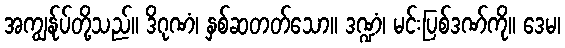
အကျွန်ုပ်တို့သည်။ ဒိဂုဏံ၊ နှစ်ဆတတ်သော။ ဒဏ္ဍံ၊ မင်းပြစ်ဒဏ်ကို။ ဒေမ၊